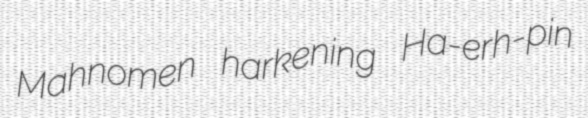
Mahnomen harkening Ha-erh-pin